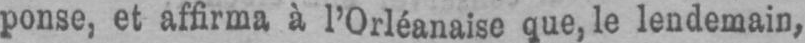
ponse, et affirma à l’Orléanaise que, le lendemain,